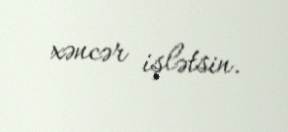
xəncər işlətsin.